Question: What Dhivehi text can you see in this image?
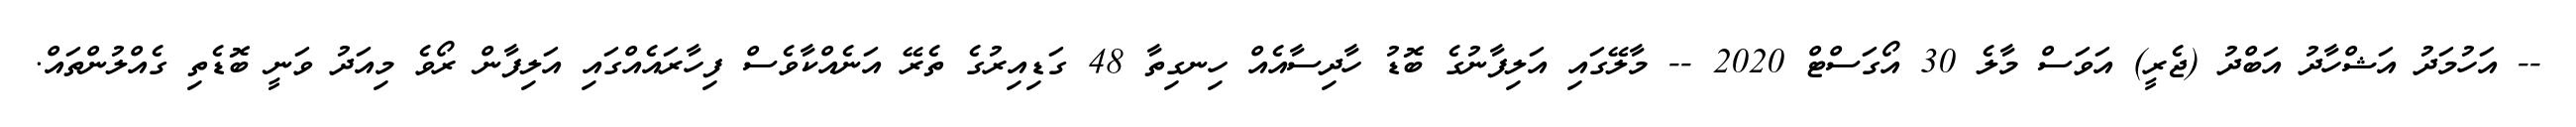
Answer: -- އަހުމަދު އަޝްހާދު އަބްދު (ޖެރީ) އަވަސް މާލެ 30 އޯގަސްޓް 2020 -- މާލޭގައި އަލިފާނުގެ ބޮޑު ހާދިސާއެއް ހިނގިތާ 48 ގަޑިއިރުގެ ތެރޭ އަނެއްކާވެސް ފިހާރައެއްގައި އަލިފާން ރޯވެ މިއަދު ވަނީ ބޮޑެތި ގެއްލުންތައް.